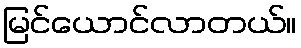
မြင်ယောင်လာတယ်။